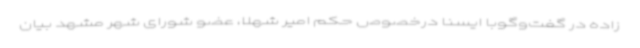
زاده در گفت‌وگوبا ایسنا درخصوص حکم امیر شهلا، عضو شورای شهر مشهد بیان